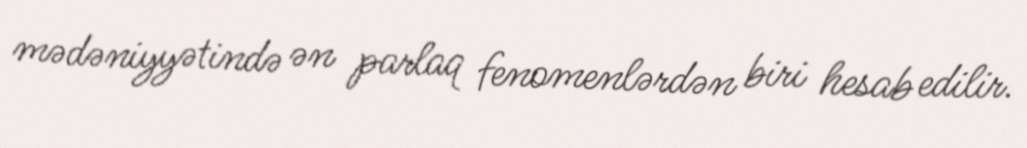
mədəniyyətində ən parlaq fenomenlərdən biri hesab edilir.